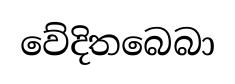
වේදිතබෙබා